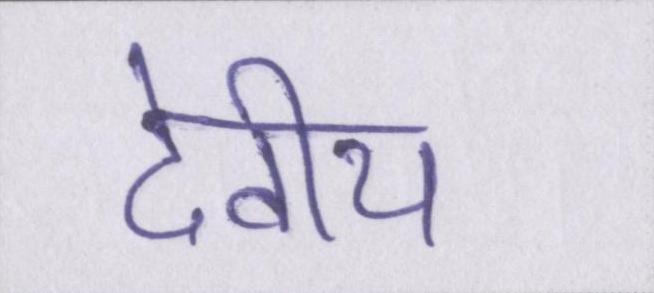
देवीय